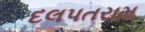
દલપતરામ